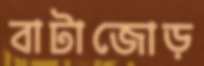
বাটাজোড়